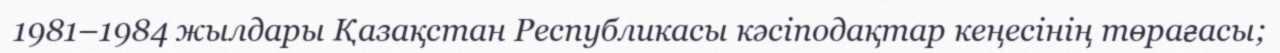
1981–1984 жылдары Қазақстан Республикасы кәсіподақтар кеңесінің төрағасы;